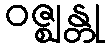
ဝဇ္ဈန္တု